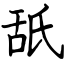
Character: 舐